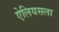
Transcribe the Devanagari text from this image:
ऐलियसला